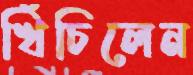
খিঁচিলেন